Civil Veterinary Dept. Bombay admin report 1900-1906 - 1900-1906
Year: 1900
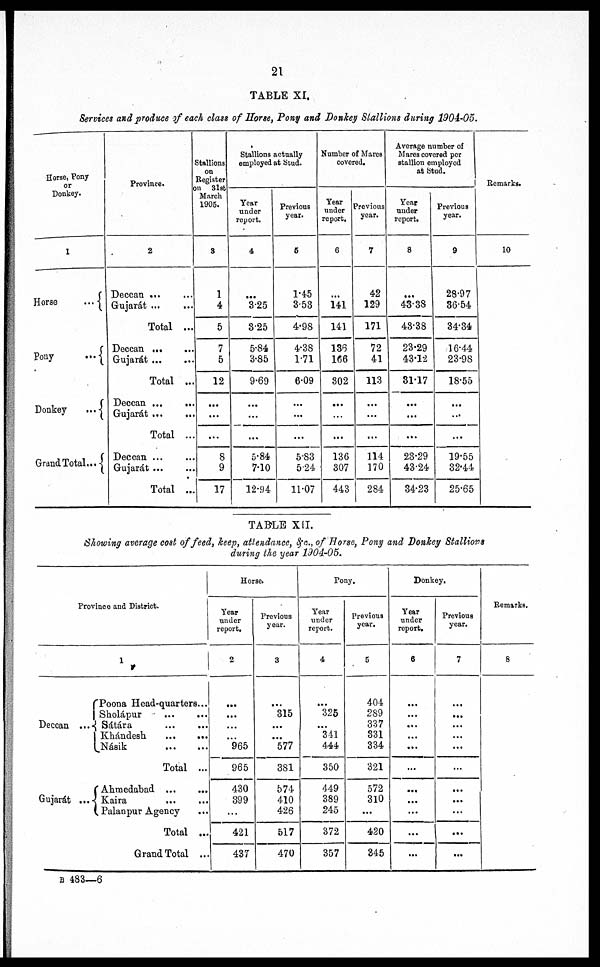
21
TABLE XI.
Services and produce of each class of Horse, Pony and Donkey Stallions during 1904-05.
Horse, Pony
or
Donkey.
1
Horse
...
J
Pony
...
Donkey
...
Grand Total...
Province.
2
Deccan
...
...
Gujarát
...
...
Total ...
Deccan
...
...
Gujarát
...
...
Total ...
Deccan ...
...
Gujarát
...
...
Total ...
Deccan ...
Gujarát
...
...
Total ...
Stallions
on
Register
on
31st
March
1905.
8
1
4
5
7
5
12
...
...
...
8
9
17
Stallions actually
employed at Stud.
Year
under
report.
4
...
3.25
3.25
5.84
3.85
9.69
...
...
...
5.84
7.10
12.94
Previous
year.
6
1.45
3.53
4.98
4.38
1.71
6.09
...
...
...
5.83
5.24
11.07
Number of Mares
covered.
Year
under
report.
6
141
141
136
166
S02
...
...
...
136
307
443
Previous
year.
7
42
129
171
72
41
113
...
...
...
114
170
284
Average number of
Mares covered per
stallion employed
at Stud.
Year
under
report.
8
...
43.38
43.38
23.29
43.12
31.17
...
...
...
23.29
43-24
34.23
Previous
year.
9
28.97
36.54
34.34
16.44
23.98
18.55
...
...
...
19.55
32.44
25.65
Remarks.
10
TABLE XII.
Showing average cost of feed, keep, attendance, &c., of Horse, Pony and Donkey Stallions
during the year 1904-05.
Province and District.
1
Poona Head-quarters...
Sholápur
...
...
Deccan ... Sátára
...
...
Khándesh
...
...
Násik
...
...
Total ...
Ahmedabad
...
...
Gujarát ... Kaira
...
...
Palanpur Agency ...
Total ...
Grand Total ...
Horse.
Year
under
report.
2
...
...
...
...
965
965
430
399
...
421
437
Previous
year.
3
...
315
...
...
577
381
574
410
426
517
470
Pony.
Year
under
report.
4
...
325
...
341
444
350
449
389
245
372
357
Previous
year.
6
404
289
337
331
334
321
572
310
...
420
345
Donkey.
Year
under
report.
6
...
...
...
...
...
...
...
...
...
...
...
Previous
year.
7
...
...
...
...
...
...
...
...
...
...
...
Remarks.
8
B 483—6